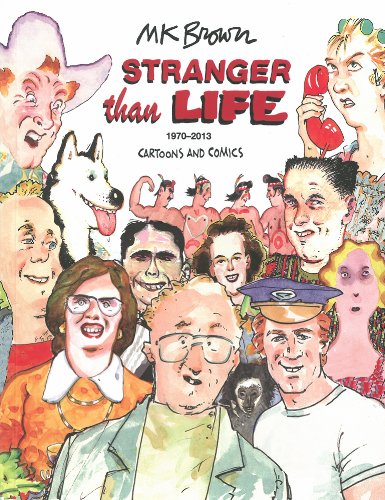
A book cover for Stranger Than Life: Cartoons and Comics 1970-2013; M.K. Brown; Comics & Graphic Novels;